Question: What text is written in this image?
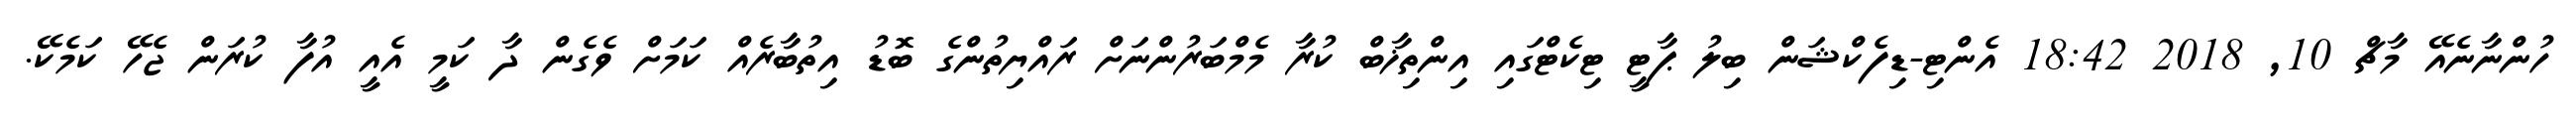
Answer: ހުންނާނެއޭ މާޗް 10, 2018 18:42 އެންޓި-ޑިފެކްޝަން ބިލު ޕާޓީ ޓިކެޓްގައި އިންތިޚާބް ކުރާ މެމްބަރުންނަށް ރައްޔިތުންގެ ބޮޑު އިތުބާރެއް ކަމަށް ވެގެން ދާ ކަމީ އެއީ އުފާ ކުރަން ޖެހޭ ކަމެކޭ.